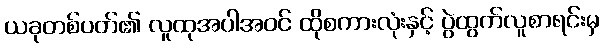
ယခုတစ်ပတ်၏ လူထုအပါအဝင် ထိုစကားလုံးနှင့် ပွဲထွက်လူစာရင်းမှ